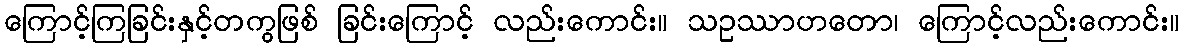
ကြောင့်ကြခြင်းနှင့်တကွဖြစ် ခြင်းကြောင့် လည်းကောင်း။ သဥဿာဟတော၊ ကြောင့်လည်းကောင်း။